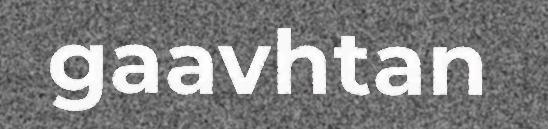
gaavhtan